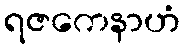
ရဇကေနာဟံ